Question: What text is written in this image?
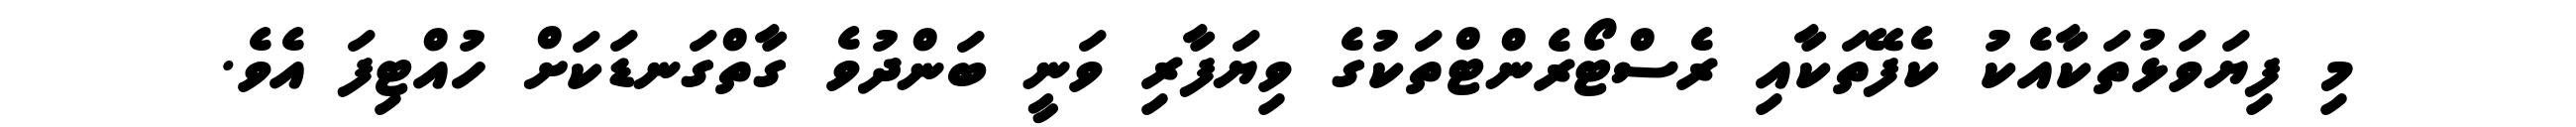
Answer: މި ފިޔަވަޅުތަކާއެކު ކެފޭތަކާއި ރެސްޓޯރެންޓްތަކުގެ ވިޔަފާރި ވަނީ ބަންދުވެ ގާތްގަނޑަކަށް ހުއްޓިފަ އެވެ.